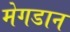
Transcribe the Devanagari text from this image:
मेगडान